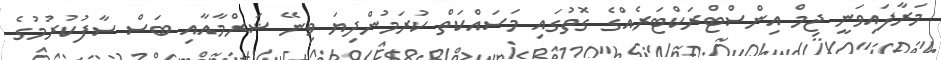
މަރާފައިވަނީ ޖިމް އިންސްޓްރަކްޓަރެއްގެ ގޮތުގައި މަސައްކަތް ކުރަމުންދިޔަ ވިނޭ ޝަރްމާއާއި ބަސް ސާފުކުރުމުގެ